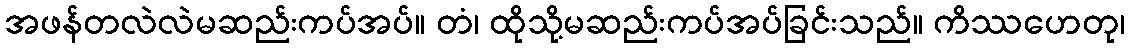
အဖန်တလဲလဲမဆည်းကပ်အပ်။ တံ၊ ထိုသို့မဆည်းကပ်အပ်ခြင်းသည်။ ကိဿဟေတု၊